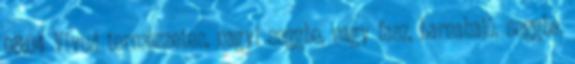
08:04 Vivud természetes, nagyi seggbe, nagy fasz, barnahajú, seggbe,